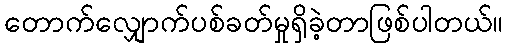
တောက်လျှောက်ပစ်ခတ်မှုရှိခဲ့တာဖြစ်ပါတယ်။